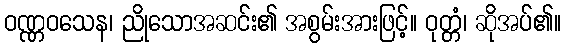
ဝဏ္ဏဝသေန၊ ညိုသောအဆင်း၏ အစွမ်းအားဖြင့်။ ဝုတ္တံ၊ ဆိုအပ်၏။